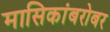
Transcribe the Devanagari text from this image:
मासिकांबरोबर